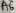
Text: A6